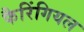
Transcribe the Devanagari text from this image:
फैरिंगियल